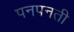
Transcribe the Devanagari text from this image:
पनपनती